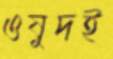
ওষুদই